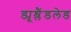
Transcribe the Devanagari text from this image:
ड्यूश्लैंडलेड